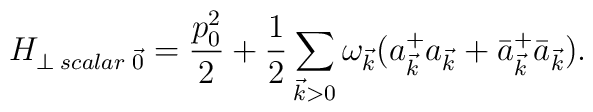
H_{\perp \;scalar\;\vec{0}} =  \frac{p_{0}^{2}}{2}+\frac{1}{2}\sum_{\vec{k}>0}\omega_{\vec{k}}(a_{\vec{k}}^{+}a_{\vec{k}} + \bar{a}_{\vec{k}}^{+}\bar{a}_{\vec{k}}).